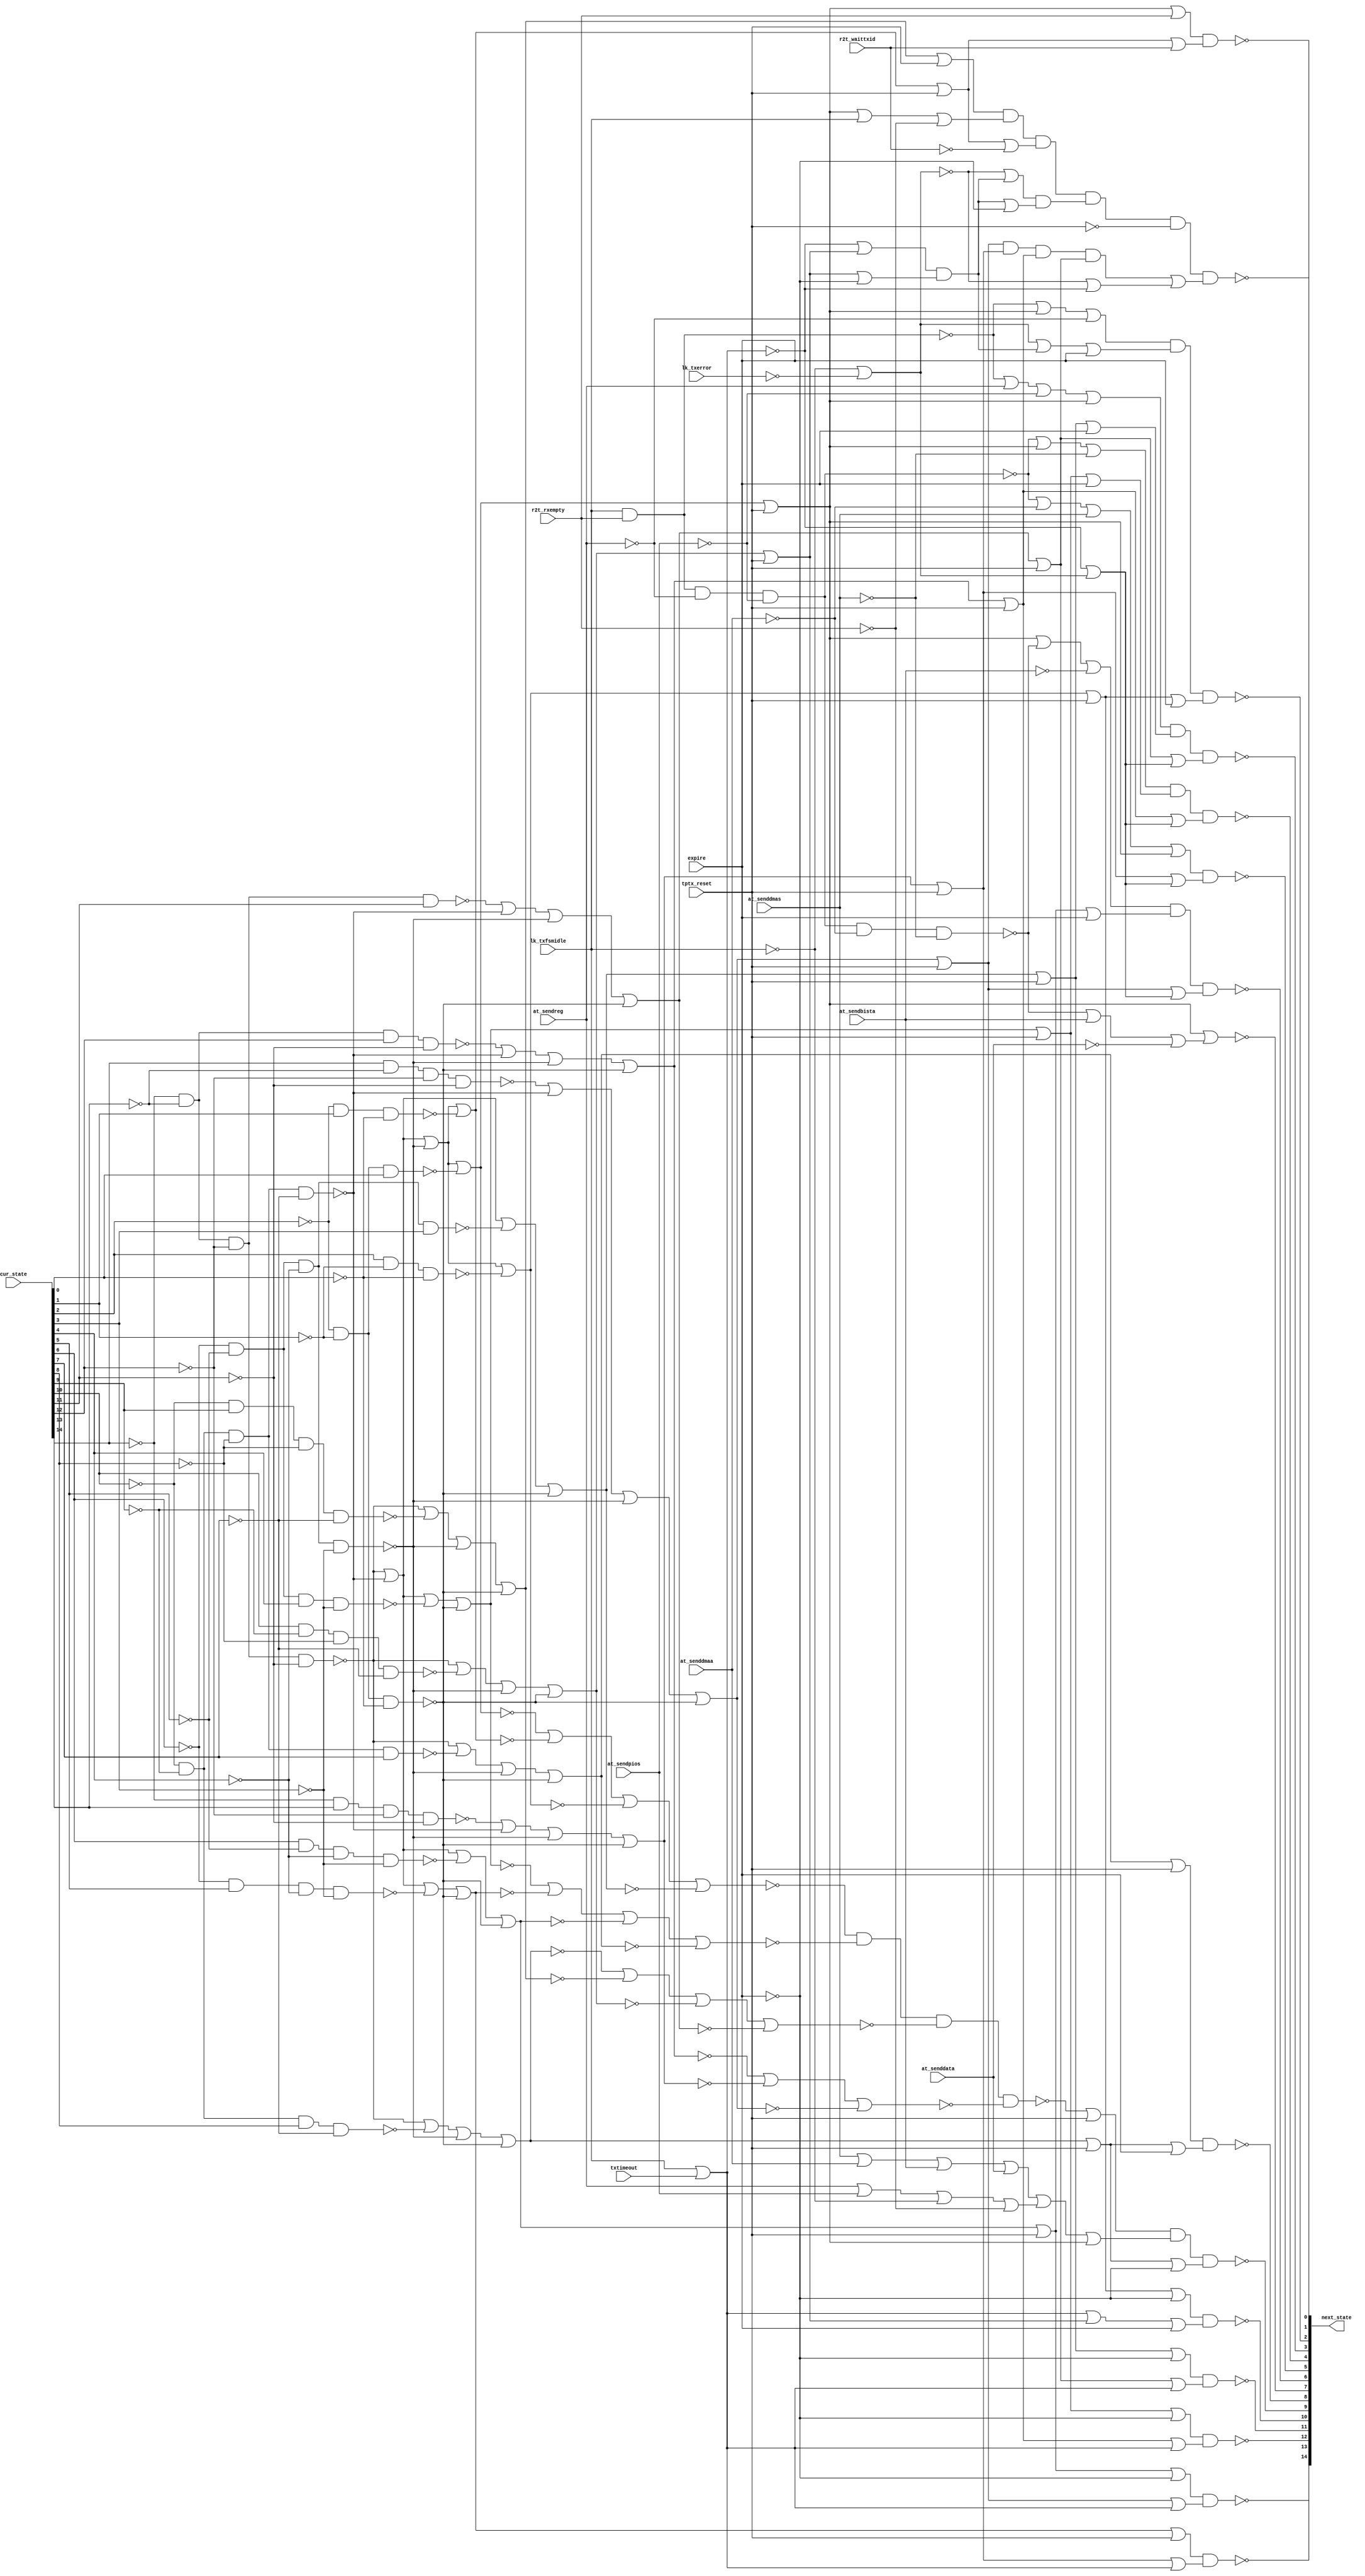

// Generated by Cadence Genus Synthesis Solution GENUS15.13 - 15.10-s038_1

// Verification Directory fv/top 

module top(next_state, cur_state, at_sendreg, at_senddmaa, at_sendpios,
     at_senddmas, at_sendbista, at_senddata, lk_txfsmidle, lk_txerror,
     r2t_waittxid, r2t_rxempty, txtimeout, expire, tptx_reset);
  input [14:0] cur_state;
  input at_sendreg, at_senddmaa, at_sendpios, at_senddmas,
       at_sendbista, at_senddata, lk_txfsmidle, lk_txerror,
       r2t_waittxid, r2t_rxempty, txtimeout, expire, tptx_reset;
  output [14:0] next_state;
  wire [14:0] cur_state;
  wire at_sendreg, at_senddmaa, at_sendpios, at_senddmas, at_sendbista,
       at_senddata, lk_txfsmidle, lk_txerror, r2t_waittxid,
       r2t_rxempty, txtimeout, expire, tptx_reset;
  wire [14:0] next_state;
  wire n_629, n_631, n_633, n_645, n_646, n_676, n_677, n_678;
  wire n_679, n_680, n_681, n_682, n_683, n_684, n_685, n_686;
  wire n_687, n_688, n_689, n_690, n_784, n_786, n_787, n_798;
  wire n_799, n_830, n_831, n_832, n_833, n_835, n_836, n_837;
  wire n_838, n_839, n_840, n_841, n_842, n_843, n_844, n_845;
  wire n_846, n_847, n_848, n_849, n_850, n_851, n_852, n_853;
  wire n_854, n_861, n_865, n_869, n_870, n_875, n_878, n_879;
  wire n_883, n_884, n_891, n_899, n_908, n_916, n_924, n_932;
  wire n_944, n_952, n_953, n_967, n_968, n_978, n_979, n_980;
  wire n_983, n_986, n_1007, n_1032, n_1077, n_1078, n_1099, n_1100;
  wire n_1209, n_1289, n_1305, n_1306, n_1307, n_1315, n_1405, n_1406;
  wire n_1407, n_1408, n_1632, n_1634, n_1641, n_1644, n_1645, n_1648;
  wire n_1649, n_1652, n_1655, n_1657, n_1659, n_1662, n_1663, n_1666;
  wire n_1667, n_1670, n_1671, n_1673, n_1676, n_1716, n_1717, n_1718;
  wire n_1719, n_1720, n_1721, n_1722, n_1723, n_1724, n_1725, n_1726;
  wire n_1727, n_1728, n_1729, n_1730, n_1731, n_1732, n_1733, n_1734;
  wire n_1735, n_1736, n_1737, n_1738, n_1739, n_1740, n_1741, n_1742;
  wire n_1743, n_1744, n_1745, n_1746, n_1747, n_1748, n_1749, n_1750;
  wire n_1751, n_1752, n_1753, n_1754, n_1755, n_1756, n_1757, n_1758;
  wire n_1759, n_1760, n_1761, n_1762, n_1763, n_1764, n_1765, n_1766;
  wire n_1767, n_1768, n_1769, n_1770, n_1771, n_1772, n_1773, n_1774;
  wire n_1775, n_1776, n_1777, n_1778, n_1779, n_1780, n_1781, n_1782;
  wire n_1783, n_1784, n_1785, n_1786, n_1787, n_1788, n_1789, n_1790;
  wire n_1791, n_1792, n_1793, n_1794, n_1795, n_1796, n_1797, n_1798;
  wire n_1799, n_1800, n_1801, n_1802, n_1803, n_1804, n_1805, n_1806;
  wire n_1807, n_1808, n_1809, n_1810, n_1811, n_1812, n_1813, n_1814;
  wire n_1815, n_1816, n_1817, n_1818, n_1819, n_1820, n_1821, n_1822;
  wire n_1823, n_1824, n_1825, n_1826;
  nand g120 (n_854, n_850, n_851, n_852, n_853);
  nor g119 (n_853, n_688, n_689, n_690);
  nor g118 (n_852, n_684, n_685, n_686, n_687);
  nor g117 (n_851, n_680, n_681, n_682, n_683);
  nor g116 (n_850, n_676, n_677, n_678, n_679);
  nor g113 (n_689, n_848, n_831, n_832, n_838);
  nor g105 (n_685, n_830, n_844, n_832, n_838);
  nor g107 (n_686, n_830, n_845, n_832, n_838);
  nor g109 (n_687, n_846, n_831, n_832, n_838);
  nor g111 (n_688, n_847, n_831, n_832, n_838);
  nor g95 (n_680, n_830, n_831, n_839, n_838);
  nor g97 (n_681, n_830, n_831, n_840, n_838);
  nor g101 (n_683, n_830, n_842, n_832, n_838);
  nor g103 (n_684, n_830, n_843, n_832, n_838);
  nor g86 (n_676, n_830, n_831, n_832, n_833);
  nor g88 (n_677, n_830, n_831, n_832, n_835);
  nor g90 (n_678, n_830, n_831, n_832, n_836);
  nor g93 (n_679, n_830, n_831, n_837, n_838);
  nor g99 (n_682, n_830, n_831, n_841, n_838);
  nor g115 (n_690, n_849, n_831, n_832, n_838);
  nor g79 (n_798, at_senddmas, at_senddmaa, at_sendbista, at_senddata);
  nor g753 (n_645, lk_txfsmidle, txtimeout);
  nand g773 (n_784, lk_txfsmidle, r2t_rxempty);
  nor g779 (n_865, n_646, n_645);
  nor g811 (n_884, n_854, tptx_reset);
  not g1526 (n_1716, at_senddata);
  not g1527 (n_1717, at_sendbista);
  not g1528 (n_1718, at_senddmaa);
  not g1529 (n_1719, at_senddmas);
  not g1530 (n_1720, lk_txfsmidle);
  not g1531 (n_1721, r2t_rxempty);
  not g1532 (n_1722, tptx_reset);
  not g1533 (n_1723, expire);
  not g1534 (n_1724, cur_state[11]);
  not g1535 (n_1725, cur_state[12]);
  not g1536 (n_1726, cur_state[13]);
  not g1537 (n_1727, cur_state[14]);
  not g1538 (n_1728, cur_state[7]);
  not g1539 (n_1729, cur_state[8]);
  not g1540 (n_1730, cur_state[9]);
  not g1541 (n_1731, cur_state[10]);
  not g1542 (n_1732, cur_state[3]);
  not g1543 (n_1733, cur_state[4]);
  not g1544 (n_1734, cur_state[5]);
  not g1545 (n_1735, cur_state[6]);
  not g1546 (n_1736, cur_state[0]);
  not g1547 (n_1737, cur_state[1]);
  not g1548 (n_1738, cur_state[2]);
  not g1549 (n_1739, lk_txerror);
  not g1550 (n_1740, at_sendpios);
  not g1551 (n_1741, at_sendreg);
  not g1552 (n_1742, r2t_waittxid);
  nand g1553 (n_830, n_1727, n_1726, n_1725, n_1724);
  nand g1554 (n_831, n_1731, n_1730, n_1729, n_1728);
  nand g1555 (n_832, n_1735, n_1734, n_1733, n_1732);
  nand g1556 (n_833, n_1738, n_1737, cur_state[0]);
  not g1557 (n_1743, n_676);
  nand g1558 (n_835, n_1738, cur_state[1], n_1736);
  not g1559 (n_1744, n_677);
  nand g1560 (n_836, cur_state[2], n_1737, n_1736);
  not g1561 (n_1745, n_678);
  nand g1562 (n_837, n_1735, n_1734, n_1733, cur_state[3]);
  nand g1563 (n_838, n_1738, n_1737, n_1736);
  not g1564 (n_1746, n_679);
  nand g1565 (n_839, n_1735, n_1734, cur_state[4], n_1732);
  not g1566 (n_1747, n_680);
  nand g1567 (n_840, n_1735, cur_state[5], n_1733, n_1732);
  not g1568 (n_1748, n_681);
  nand g1569 (n_841, cur_state[6], n_1734, n_1733, n_1732);
  not g1570 (n_1749, n_682);
  nand g1571 (n_842, n_1731, n_1730, n_1729, cur_state[7]);
  not g1572 (n_1750, n_683);
  nand g1573 (n_843, n_1731, n_1730, cur_state[8], n_1728);
  not g1574 (n_1751, n_684);
  nand g1575 (n_844, n_1731, cur_state[9], n_1729, n_1728);
  not g1576 (n_1752, n_685);
  nand g1577 (n_845, cur_state[10], n_1730, n_1729, n_1728);
  not g1578 (n_1753, n_686);
  nand g1579 (n_846, n_1727, n_1726, n_1725, cur_state[11]);
  not g1580 (n_1754, n_687);
  nand g1581 (n_847, n_1727, n_1726, cur_state[12], n_1724);
  not g1582 (n_1755, n_688);
  nand g1583 (n_848, n_1727, cur_state[13], n_1725, n_1724);
  not g1584 (n_1756, n_689);
  nand g1585 (n_849, cur_state[14], n_1726, n_1725, n_1724);
  not g1586 (n_1757, n_690);
  nor g1587 (n_869, n_1743, tptx_reset);
  not g1588 (n_1758, n_869);
  not g1589 (n_1759, n_784);
  nand g1590 (n_786, n_1759, n_1741, n_1740);
  not g1591 (n_1760, n_786);
  nand g1592 (n_787, n_1760, n_1718, n_1719);
  nor g1593 (n_633, n_787, at_sendbista, n_1716);
  not g1594 (n_1761, n_633);
  nor g1595 (next_state[7], n_1758, n_1761);
  not g1596 (n_1762, n_798);
  not g1597 (n_1763, n_645);
  nor g1598 (n_646, n_1720, n_1739);
  not g1599 (n_1764, n_646);
  not g1600 (n_1765, n_865);
  not g1601 (n_1766, n_884);
  nor g1602 (n_978, n_1758, r2t_rxempty);
  not g1603 (n_1767, n_978);
  nor g1604 (n_870, n_1744, tptx_reset);
  not g1605 (n_1768, n_870);
  nor g1606 (n_1099, n_1768, r2t_waittxid);
  not g1607 (n_1769, n_1099);
  nand g1608 (next_state[1], n_1767, n_1769);
  nor g1609 (n_883, n_1757, tptx_reset);
  not g1610 (n_1770, n_883);
  nor g1611 (n_899, n_1756, tptx_reset);
  not g1612 (n_1771, n_899);
  nor g1613 (n_916, n_1755, tptx_reset);
  not g1614 (n_1772, n_916);
  nor g1615 (n_932, n_1754, tptx_reset);
  not g1616 (n_1773, n_932);
  nand g1617 (n_1307, n_1770, n_1771, n_1772, n_1773);
  not g1618 (n_1774, n_1307);
  nor g1619 (n_1632, n_1774, n_1765);
  not g1620 (n_1775, n_1632);
  nor g1621 (n_875, n_1749, tptx_reset);
  not g1622 (n_1776, n_875);
  nor g1623 (n_1634, n_1776, n_1723);
  not g1624 (n_1777, n_1634);
  nor g1625 (n_1641, n_1770, n_1763);
  not g1626 (n_1778, n_1641);
  nor g1627 (n_1644, n_1771, n_1763);
  not g1628 (n_1779, n_1644);
  nor g1629 (n_908, n_1747, tptx_reset);
  not g1630 (n_1780, n_908);
  nor g1631 (n_1645, n_1780, n_1723);
  not g1632 (n_1781, n_1645);
  nor g1633 (n_1648, n_1772, n_1763);
  not g1634 (n_1782, n_1648);
  nor g1635 (n_924, n_1746, tptx_reset);
  not g1636 (n_1783, n_924);
  nor g1637 (n_1649, n_1783, n_1723);
  not g1638 (n_1784, n_1649);
  nor g1639 (n_1652, n_1773, n_1763);
  not g1640 (n_1785, n_1652);
  nor g1641 (n_944, n_1745, tptx_reset);
  not g1642 (n_1786, n_944);
  nor g1643 (n_1657, n_1786, n_1723);
  not g1644 (n_1787, n_1657);
  nor g1645 (n_861, n_645, n_1764);
  not g1646 (n_1788, n_861);
  nor g1647 (n_1659, n_1771, n_1788);
  not g1648 (n_1789, n_1659);
  nor g1649 (n_1663, n_1772, n_1788);
  not g1650 (n_1790, n_1663);
  nor g1651 (n_1667, n_1773, n_1788);
  not g1652 (n_1791, n_1667);
  nor g1653 (n_1671, n_1770, n_1788);
  not g1654 (n_1792, n_1671);
  nor g1655 (n_968, n_1751, tptx_reset);
  not g1656 (n_1793, n_968);
  nor g1657 (n_1673, n_1793, n_1723);
  not g1658 (n_1794, n_1673);
  nand g1659 (next_state[14], n_1777, n_1778);
  nor g1660 (n_891, n_1748, tptx_reset);
  not g1661 (n_1795, n_891);
  nand g1662 (next_state[13], n_1795, n_1779);
  nand g1663 (next_state[12], n_1781, n_1782);
  nand g1664 (next_state[11], n_1784, n_1785);
  nor g1665 (n_967, n_1750, tptx_reset);
  not g1666 (n_1796, n_967);
  nor g1667 (n_1655, n_1793, expire);
  not g1668 (n_1797, n_1655);
  nand g1669 (next_state[8], n_1796, n_1797);
  nor g1670 (n_879, n_1753, tptx_reset);
  not g1671 (n_1798, n_879);
  nor g1672 (n_953, n_1763, n_1798, expire);
  not g1673 (n_1799, n_953);
  nand g1674 (next_state[10], n_1787, n_1799);
  nor g1675 (n_631, n_786, n_1718, at_senddmas);
  not g1676 (n_1800, n_631);
  nor g1677 (n_983, n_1800, n_1758);
  not g1678 (n_1801, n_983);
  nand g1679 (next_state[5], n_1801, n_1789);
  nor g1680 (n_1007, n_786, n_1758, n_1719);
  not g1681 (n_1802, n_1007);
  nor g1682 (n_1662, n_1780, expire);
  not g1683 (n_1803, n_1662);
  nand g1684 (next_state[4], n_1802, n_1803, n_1790);
  nor g1685 (n_629, n_784, at_sendreg, n_1740);
  not g1686 (n_1804, n_629);
  nor g1687 (n_1032, n_1804, n_1758);
  not g1688 (n_1805, n_1032);
  nor g1689 (n_1666, n_1783, expire);
  not g1690 (n_1806, n_1666);
  nand g1691 (next_state[3], n_1805, n_1806, n_1791);
  nor g1692 (n_1209, n_1758, n_787, n_1717);
  not g1693 (n_1807, n_1209);
  nor g1694 (n_1670, n_1776, expire);
  not g1695 (n_1808, n_1670);
  nand g1696 (next_state[6], n_1807, n_1808, n_1792);
  nor g1697 (n_799, at_sendreg, at_sendpios, n_1720, n_1721);
  not g1698 (n_1809, n_799);
  nor g1699 (n_986, n_1762, n_1809, n_1758);
  not g1700 (n_1810, n_986);
  nand g1701 (n_1315, n_1766, n_1810);
  not g1702 (n_1811, n_1315);
  nand g1703 (next_state[9], n_1811, n_1794);
  nor g1704 (n_980, n_784, n_1758, n_1741);
  not g1705 (n_1812, n_980);
  nor g1706 (n_1406, n_645, n_1798);
  not g1707 (n_1813, n_1406);
  nor g1708 (n_1405, n_1798, n_1723);
  not g1709 (n_1814, n_1405);
  nand g1710 (n_952, n_1813, n_1814);
  not g1711 (n_1815, n_952);
  nor g1712 (n_1078, n_1764, n_1815, expire);
  not g1713 (n_1816, n_1078);
  nand g1714 (n_1289, n_1812, n_1816);
  not g1715 (n_1817, n_1289);
  nor g1716 (n_1676, n_1786, expire);
  not g1717 (n_1818, n_1676);
  nand g1718 (next_state[2], n_1817, n_1818);
  nor g1719 (n_878, n_1752, tptx_reset);
  not g1720 (n_1819, n_878);
  nor g1721 (n_979, n_1758, lk_txfsmidle, n_1721);
  not g1722 (n_1820, n_979);
  nor g1723 (n_1100, n_1768, n_1742);
  not g1724 (n_1821, n_1100);
  nor g1725 (n_1408, n_646, n_1815);
  not g1726 (n_1822, n_1408);
  nor g1727 (n_1407, n_1815, n_1723);
  not g1728 (n_1823, n_1407);
  nand g1729 (n_1077, n_1822, n_1823);
  not g1730 (n_1824, n_1077);
  nand g1731 (n_1305, n_1819, n_1820, n_1821, n_1824);
  not g1732 (n_1825, n_1305);
  nand g1733 (n_1306, n_1825, n_1722);
  not g1734 (n_1826, n_1306);
  nand g1735 (next_state[0], n_1826, n_1775);
endmodule